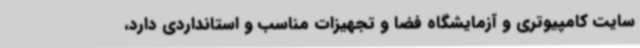
سایت کامپیوتری و آزمایشگاه فضا و تجهیزات مناسب و استانداردی دارد،